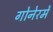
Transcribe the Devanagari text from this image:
गोनेरमें